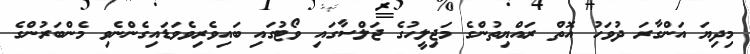
މިދިޔަ އަންގާރަ ދުވަހު އޮތް ރައްޔިތުންގެ މަޖިލީހުގެ ޖަލްސާގައި ވޯޓުގައި ބައިވެރިވެވަޑައިގެންނެވި މެންބަރުންގެ